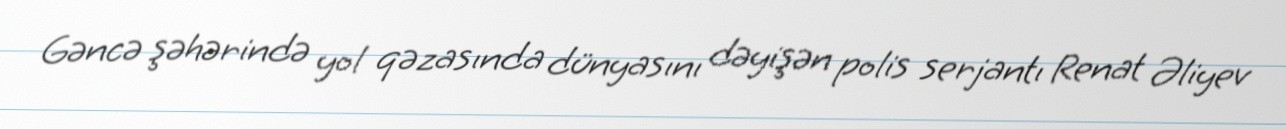
Gəncə şəhərində yol qəzasında dünyasını dəyişən polis serjantı Renat Əliyev